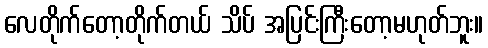
လေတိုက်တော့တိုက်တယ် သိပ် အပြင်းကြီးတော့မဟုတ်ဘူး။